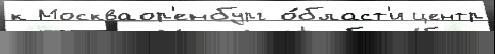
к Москваор'енбург о́бласт'и центр